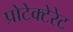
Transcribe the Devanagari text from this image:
प्रोटेक्टेरेट